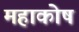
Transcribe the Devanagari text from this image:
महाकोष